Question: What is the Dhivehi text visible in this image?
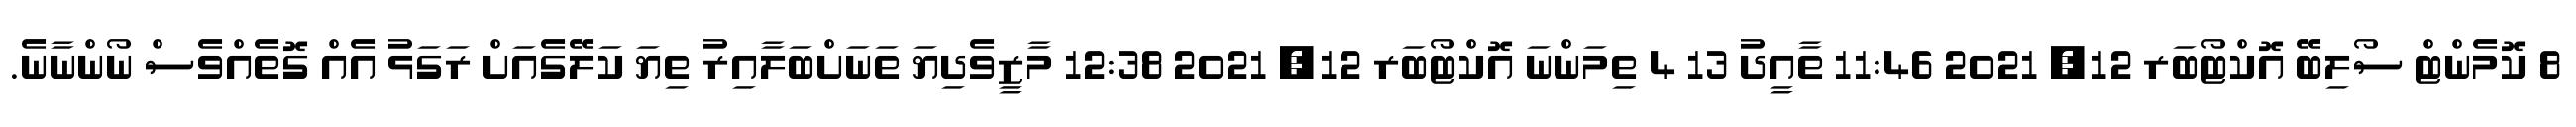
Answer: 8 ކޮމެންޓް ސޯލިބޭ އޮކްޓޯބަރ 12, 2021 11:46 ތާއީދު 13 4 ތިމަންނަ އޮކްޓޯބަރ 12, 2021 12:38 މާޒީވެދިޔަ ތަނަށްބަލާއިރު ތިޔަ ކަލޭގެއަށް ރަގަޅު އެއް ގޮތެއްވެސް ނޯންނާނެ.